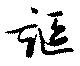
謳